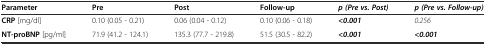
<table><thead><tr><td><b>Parameter</b></td><td><b>Pre</b></td><td><b>Post</b></td><td><b>Follow-up</b></td><td><b><i>p (Pre vs. Post)</i></b></td><td><b><i>p (Pre vs. Follow-up)</i></b></td></tr></thead><tbody><tr><td><b>CRP</b> [mg/dl]</td><td>0.10 (0.05 - 0.21)</td><td>0.06 (0.04 - 0.12)</td><td>0.10 (0.06 - 0.18)</td><td><b><i>&lt;0.001</i></b></td><td><i>0.256</i></td></tr><tr><td><b>NT-proBNP</b> [pg/ml]</td><td>71.9 (41.2 - 124.1)</td><td>135.3 (77.7 - 219.8)</td><td>51.5 (30.5 - 82.2)</td><td><b><i>&lt;0.001</i></b></td><td><b><i>&lt;0.001</i></b></td></tr></tbody></table>